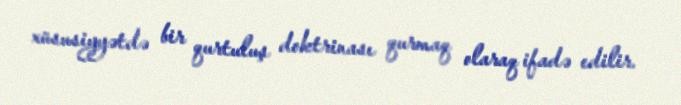
xüsusiyyətdə bir qurtuluş doktrinası qurmaq olaraq ifadə edilir.